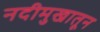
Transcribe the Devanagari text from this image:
नदीमुखातून